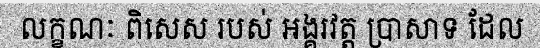
លក្ខណៈ ពិសេស របស់ អង្គរវត្ត ប្រាសាទ ដែល